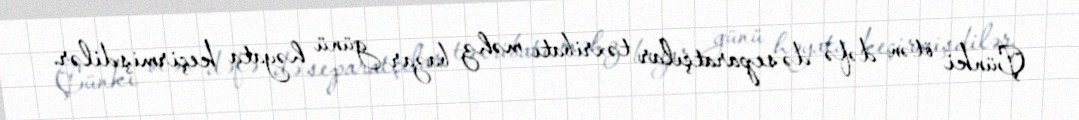
Çünki ötən dəfə də separatçılar təxribatı məhz bazar günü həyata keçirmişdilər.